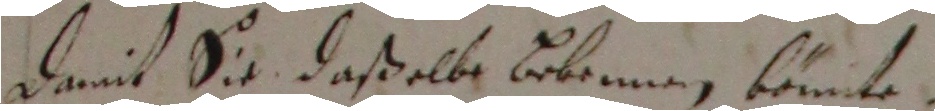
damit sie daßelbe bekrnnen köünte.